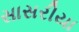
સાસરીયા